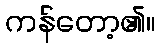
ကန်တော့၏။